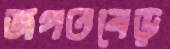
জগতবেড়